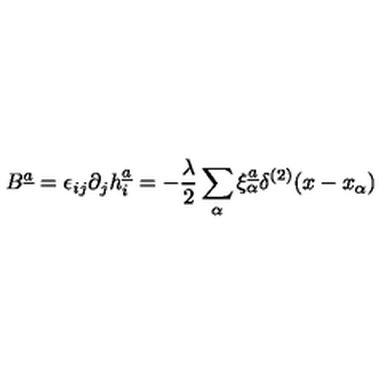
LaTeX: B ^ { \underline { { a } } } = \epsilon _ { i j } \partial _ { j } h _ { i } ^ { \underline { { a } } } = - { \frac { \lambda } { 2 } } \sum _ { \alpha } \xi _ { \alpha } ^ { \underline { { a } } } \delta ^ { ( 2 ) } ( x - x _ { \alpha } )